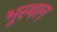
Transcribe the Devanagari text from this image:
भूस्थल